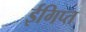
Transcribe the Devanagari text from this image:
ईगिप्त